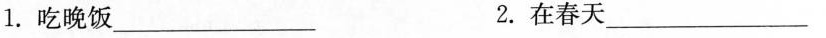
1.吃晚饭___ 2.在春天___